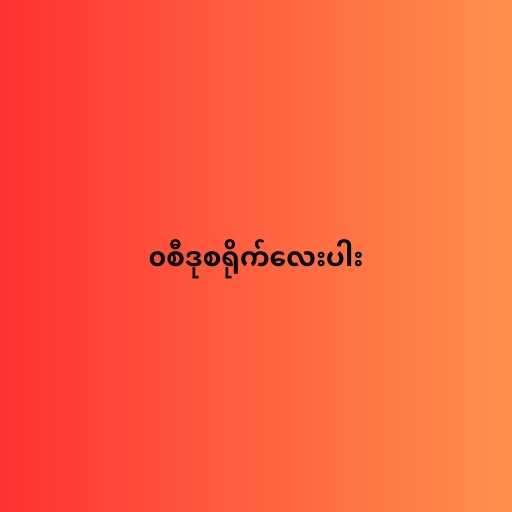
၀စီဒုစရိုက်လေးပါး